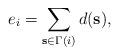
LaTeX: \begin{align*}e_{i} = \sum_{\mathbf{s} \in \Gamma(i)} d(\mathbf{s}),\end{align*}